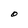
Character: O